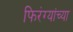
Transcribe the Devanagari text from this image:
फिरंग्यांच्या